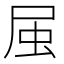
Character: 𭕛